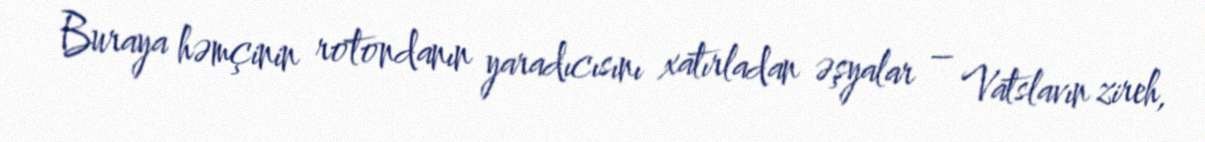
Buraya həmçinin rotondanın yaradıcısını xatırladan əşyalar – Vatslavın zireh,